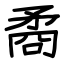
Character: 矞